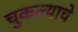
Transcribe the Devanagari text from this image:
चुकल्याचे